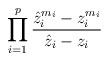
LaTeX: \begin{align*}\prod_{i=1}^p \frac{\hat z_i^{m_i} - z_i^{m_i}}{\hat z_i -z_i}\end{align*}